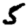
Digit: 5